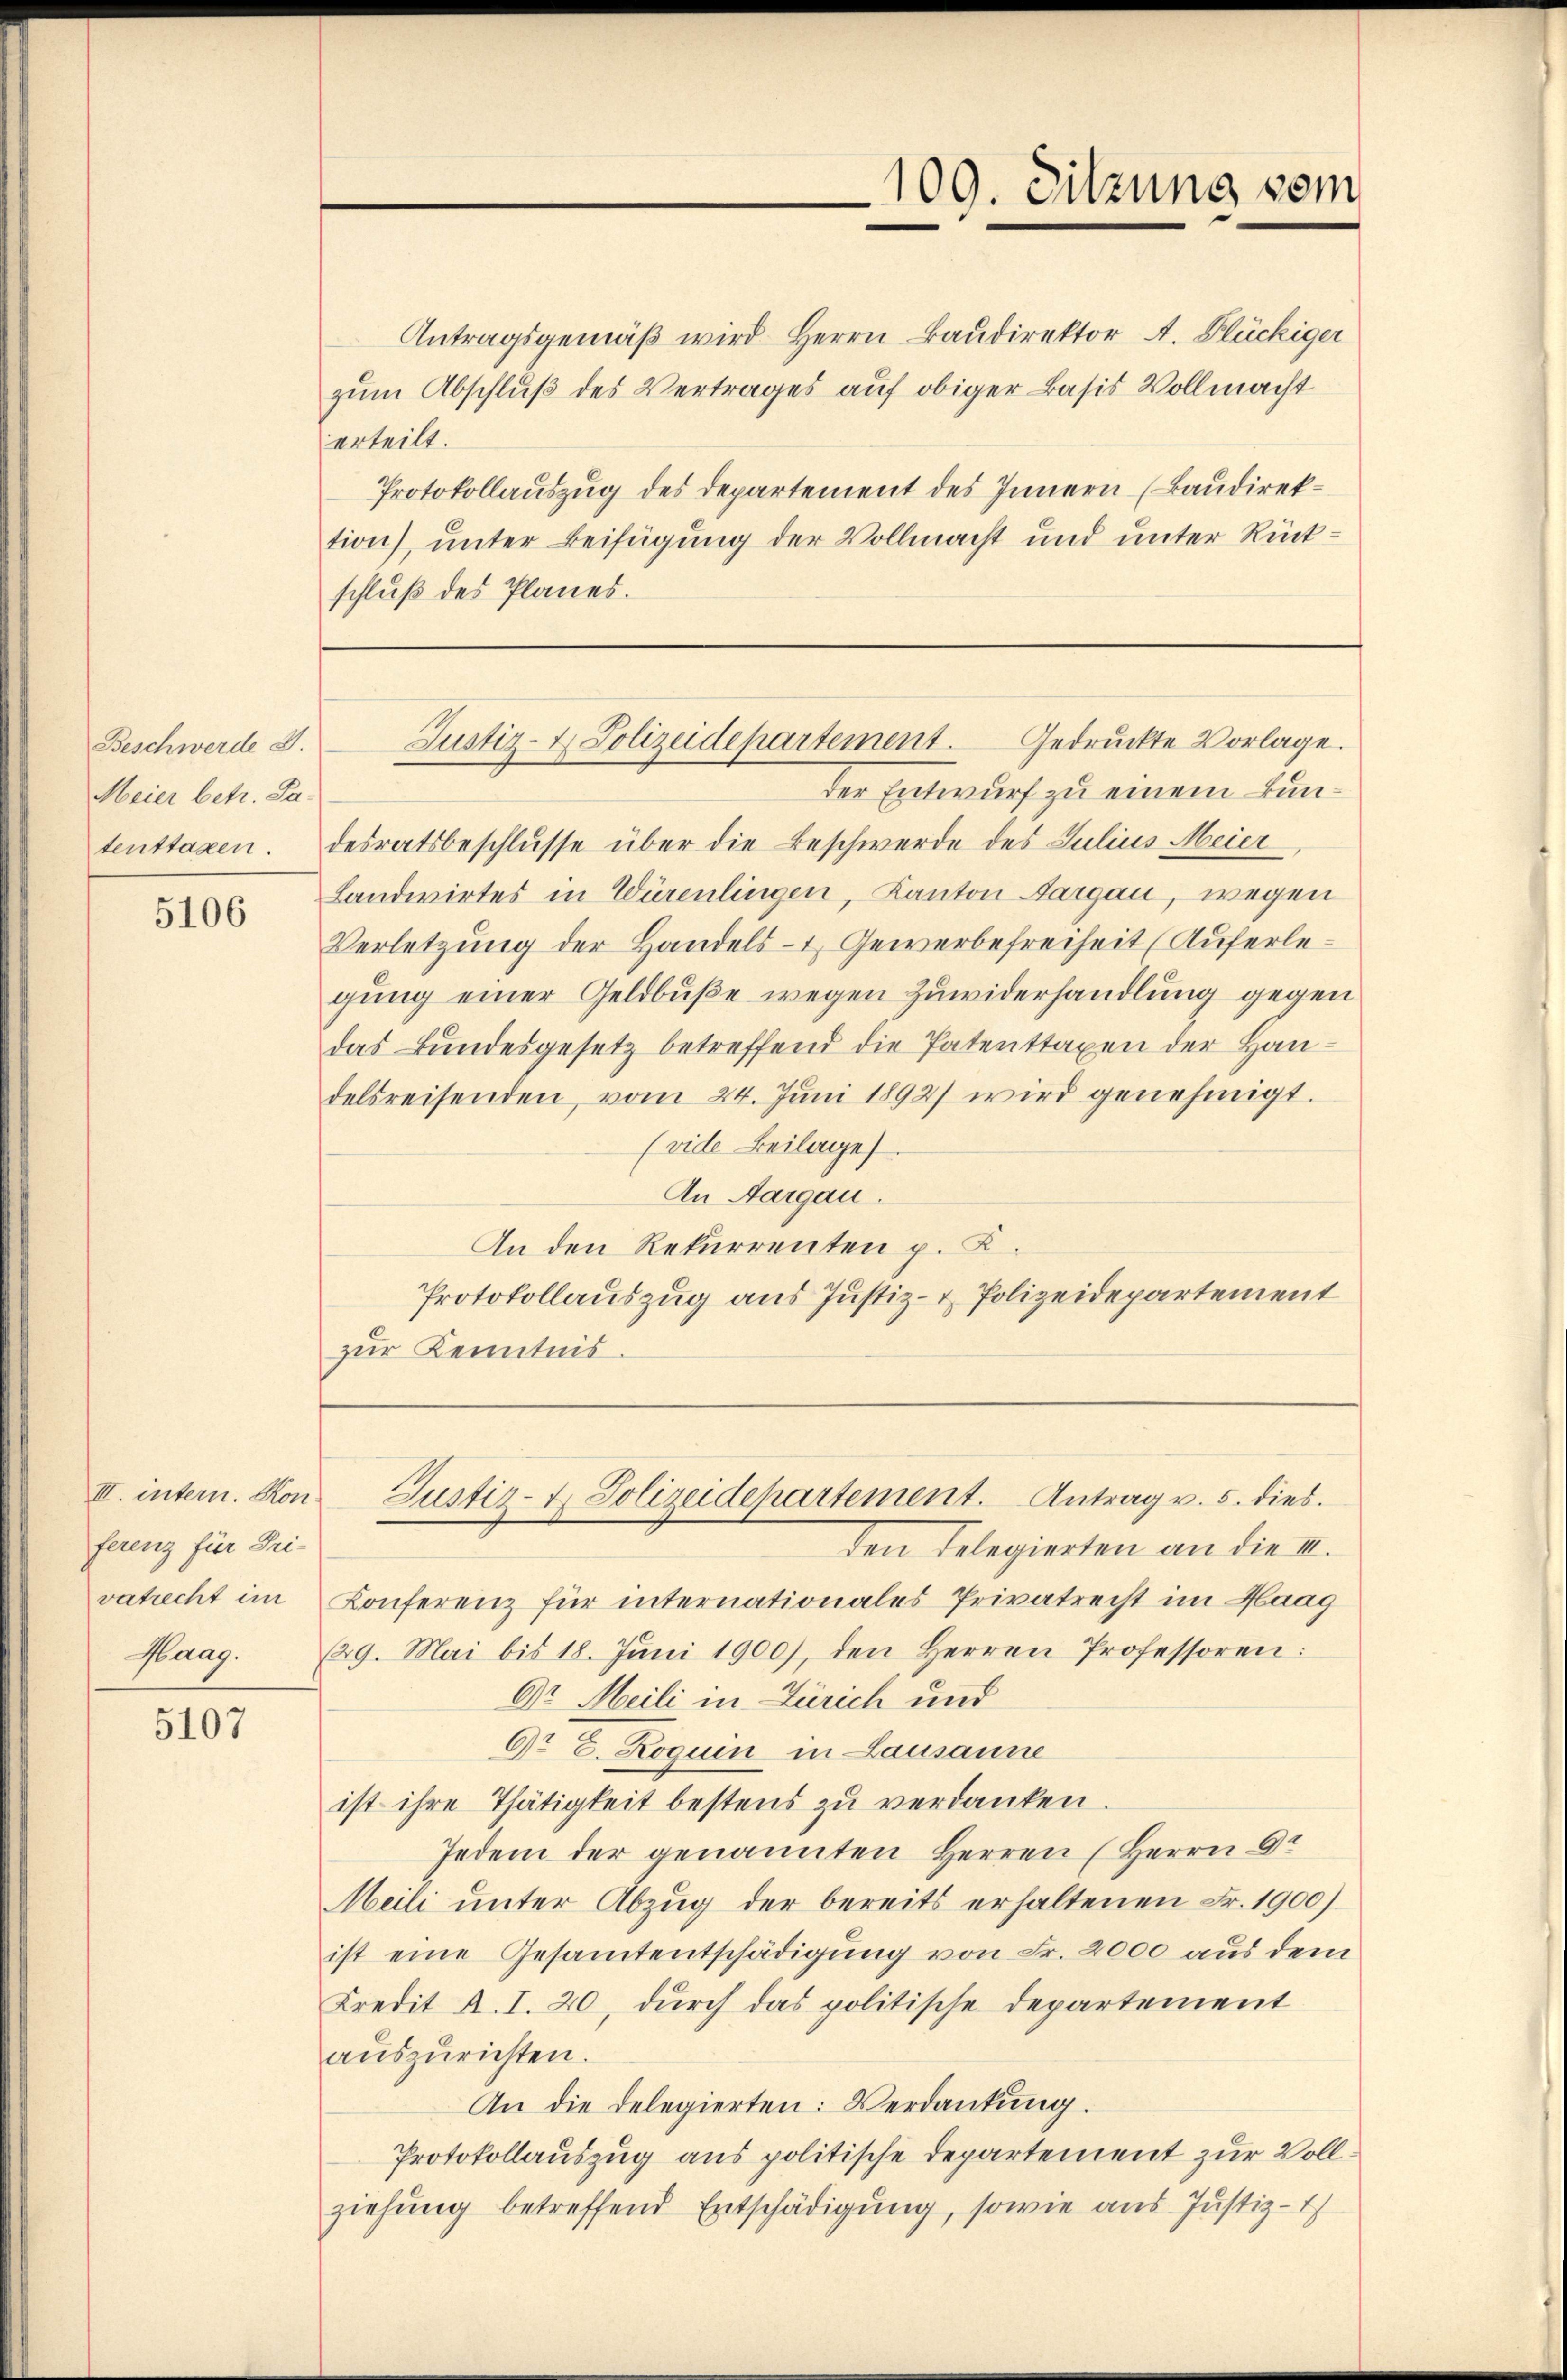
Beschwerde d.
Meier betr. Sa-
tenttaxen.

5106

III. intern. Kon
ferenz für Pri-
vatrecht im
Haag.

5107

109. Sitzung vom

Antragsgemäß wird Herrn Baudirektor A. Blückiger
zum Abschluß des Vertrages auf obiger Basis Vollmacht
erteilt.
Protokollauszug des Departement des Innern (Baudirektion), unter Beifügung der Vollmacht und unter Rückschluß des Planes.

der Entwurf zu einem Bundesratsbeschlusse über die Beschwerde des Julius Meier
Landwirtes in Würenlingen, Kanton Aargau, wegen
Verletzung der Handels- & Gewerbefreiheit (Auferlegung einer Geldbuße wegen Zuwiderhandlung gegen
das Bundesgesetz betreffend die Patenttaxen der Handelsreisenden, vom 24. Juni 1892) wird genehmigt.
(vide Beilage).
An Aargau.
An den Rekurrenten p. K.
Protokollauszug aus Justiz- & Polizeidepartement
zur Kenntnis

Justiz- & Polizeidepartement. Gedruckte Vorlage.

den Delegierten an die III.
Konferenz für internationales Privatrecht im Haag
(29. Mai bis 18. Jŭni 1900), den Herren Professoren:
Dr. Meili in Zürich und
6t E. Roguin in Lausanne
ist ihre Thätigkeit bestens zu verdanken.
Jedem der genannten Herren (Herrn Or
Meili unter Abzug der bereits erhaltenen Fr. 1900)
ist eine Gesamtentschädigung von Fr. 2000 aus dem
Kredit A. I. 20, durch das politische Departement
auszurichten.
An die delegierten: Verdankung.
Protokollauszug aus politische Departement zur Vollziehung betreffend Entschädigung, sowie aus Justiz-

Justiz- & Polizeidepartement. Antrag v. 5. dies